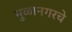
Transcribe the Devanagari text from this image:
मुळानगरचे